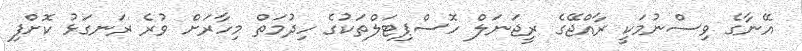
އޭނާގެ ވިސްނުމަކީ ރާއްޖޭގެ ރީޖަނަލް ހޮސްޕިޓަލްތަކުގެ ހިދުމަތް މިހާރަށް ވުރެ ރަނގަޅު ކޮށްފި